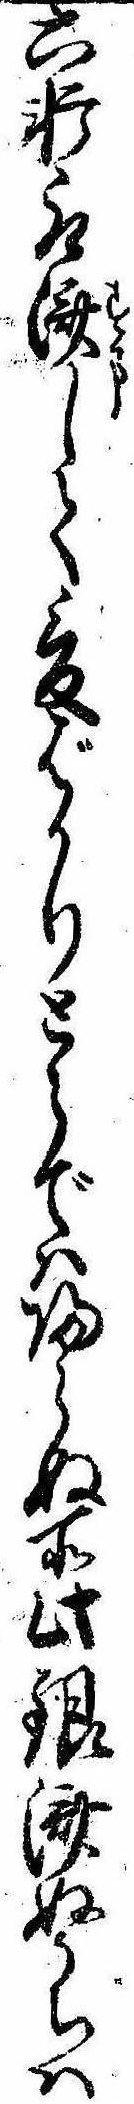
六軒取済して爰ばかりとらでは帰らぬ所此銀済ぬうちは